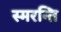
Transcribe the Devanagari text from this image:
स्मरन्ति